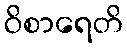
ဝိစာရေတိ